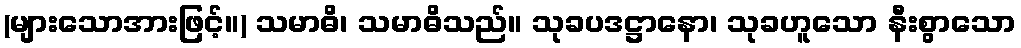
(များသောအားဖြင့်။) သမာဓိ၊ သမာဓိသည်။ သုခပဒဋ္ဌာနော၊ သုခဟူသော နီးစွာသော